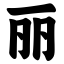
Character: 丽